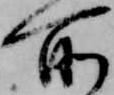
所